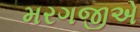
મરગજીએ